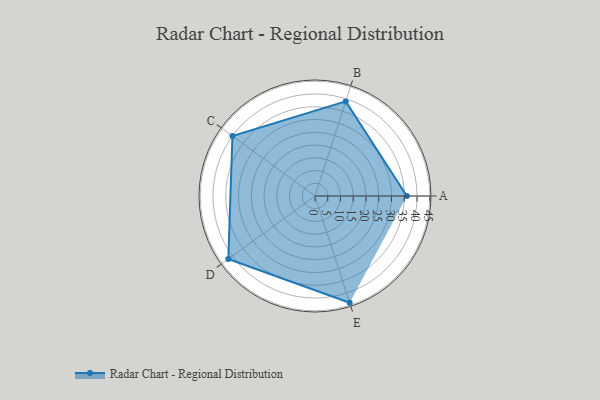
{"axis": {"x": "Skill", "y": "Score"}, "legend": ["Profile"], "data": [{"x": "A", "y": 36.0, "type": "Profile"}, {"x": "B", "y": 39.0, "type": "Profile"}, {"x": "C", "y": 40.0, "type": "Profile"}, {"x": "D", "y": 42.0, "type": "Profile"}, {"x": "E", "y": 44.0, "type": "Profile"}]}